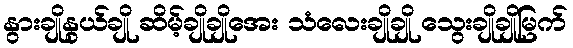
နွားချိုနွယ်ချို ဆိမ့်ချိုချိုအေး သံလေးချိုချို သွေးချိုချိုမြက်